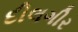
દીલગીર